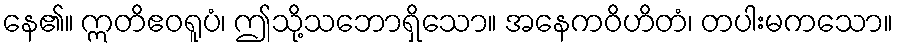
နေ၏။ ဣတိဧဝရူပံ၊ ဤသို့သဘောရှိသော။ အနေကဝိဟိတံ၊ တပါးမကသော။